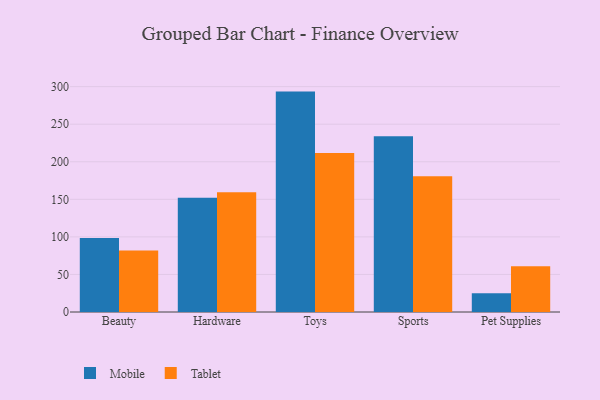
{"axis": {"x": "Category", "y": "Temperature (°C)"}, "legend": ["Mobile", "Tablet"], "data": [{"x": "Beauty", "y": 98.4, "type": "Mobile"}, {"x": "Beauty", "y": 82.0, "type": "Tablet"}, {"x": "Hardware", "y": 152.1, "type": "Mobile"}, {"x": "Hardware", "y": 159.3, "type": "Tablet"}, {"x": "Toys", "y": 293.4, "type": "Mobile"}, {"x": "Toys", "y": 211.5, "type": "Tablet"}, {"x": "Sports", "y": 233.8, "type": "Mobile"}, {"x": "Sports", "y": 180.7, "type": "Tablet"}, {"x": "Pet Supplies", "y": 24.9, "type": "Mobile"}, {"x": "Pet Supplies", "y": 60.8, "type": "Tablet"}]}